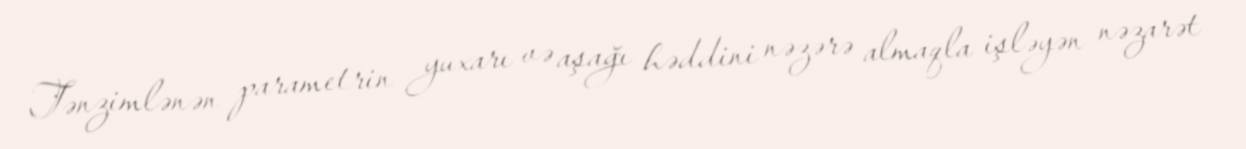
Tənzimlənən parametrin yuxarı və aşağı həddini nəzərə almaqla işləyən nəzarət